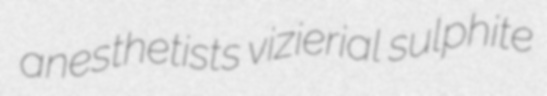
anesthetists vizierial sulphite